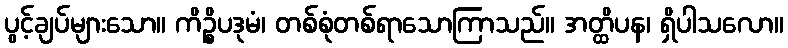
ပွင့်ချပ်များသော။ ကိဉ္စိပဒုမံ၊ တစ်စုံတစ်ရာသောကြာသည်။ အတ္ထိပန၊ ရှိပါသလော။